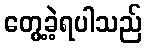
တွေ့ခဲ့ရပါသည်